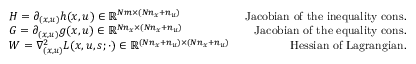
\begin{array} { r l r } & { H = \partial _ { ( x , u ) } h ( x , u ) \in \mathbb { R } ^ { N m \times ( N n _ { x } + n _ { u } ) } } & { \mathrm { \small ~ J a c o b i a n ~ o f ~ t h e ~ i n e q u a l i t y ~ c o n s . } } \\ & { G = \partial _ { ( x , u ) } g ( x , u ) \in \mathbb { R } ^ { N n _ { x } \times ( N n _ { x } + n _ { u } ) } } & { \mathrm { \small ~ J a c o b i a n ~ o f ~ t h e ~ e q u a l i t y ~ c o n s . } } \\ & { W = \nabla _ { ( x , u ) } ^ { 2 } L ( x , u , s ; \cdot ) \in \mathbb { R } ^ { ( N n _ { x } + n _ { u } ) \times ( N n _ { x } + n _ { u } ) } } & { \mathrm { \small ~ H e s s i a n ~ o f ~ L a g r a n g i a n . } } \end{array}